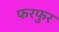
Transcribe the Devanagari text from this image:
फरफुर